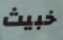
خبيث